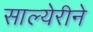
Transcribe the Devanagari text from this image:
साल्येरीने